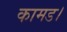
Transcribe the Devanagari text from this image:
कामड।